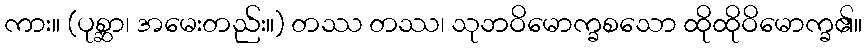
ကား။ (ပုစ္ဆာ၊ အမေးတည်း။) တဿ တဿ၊ သုဘဝိမောက္ခစသော ထိုထိုဝိမောက္ခ၏။